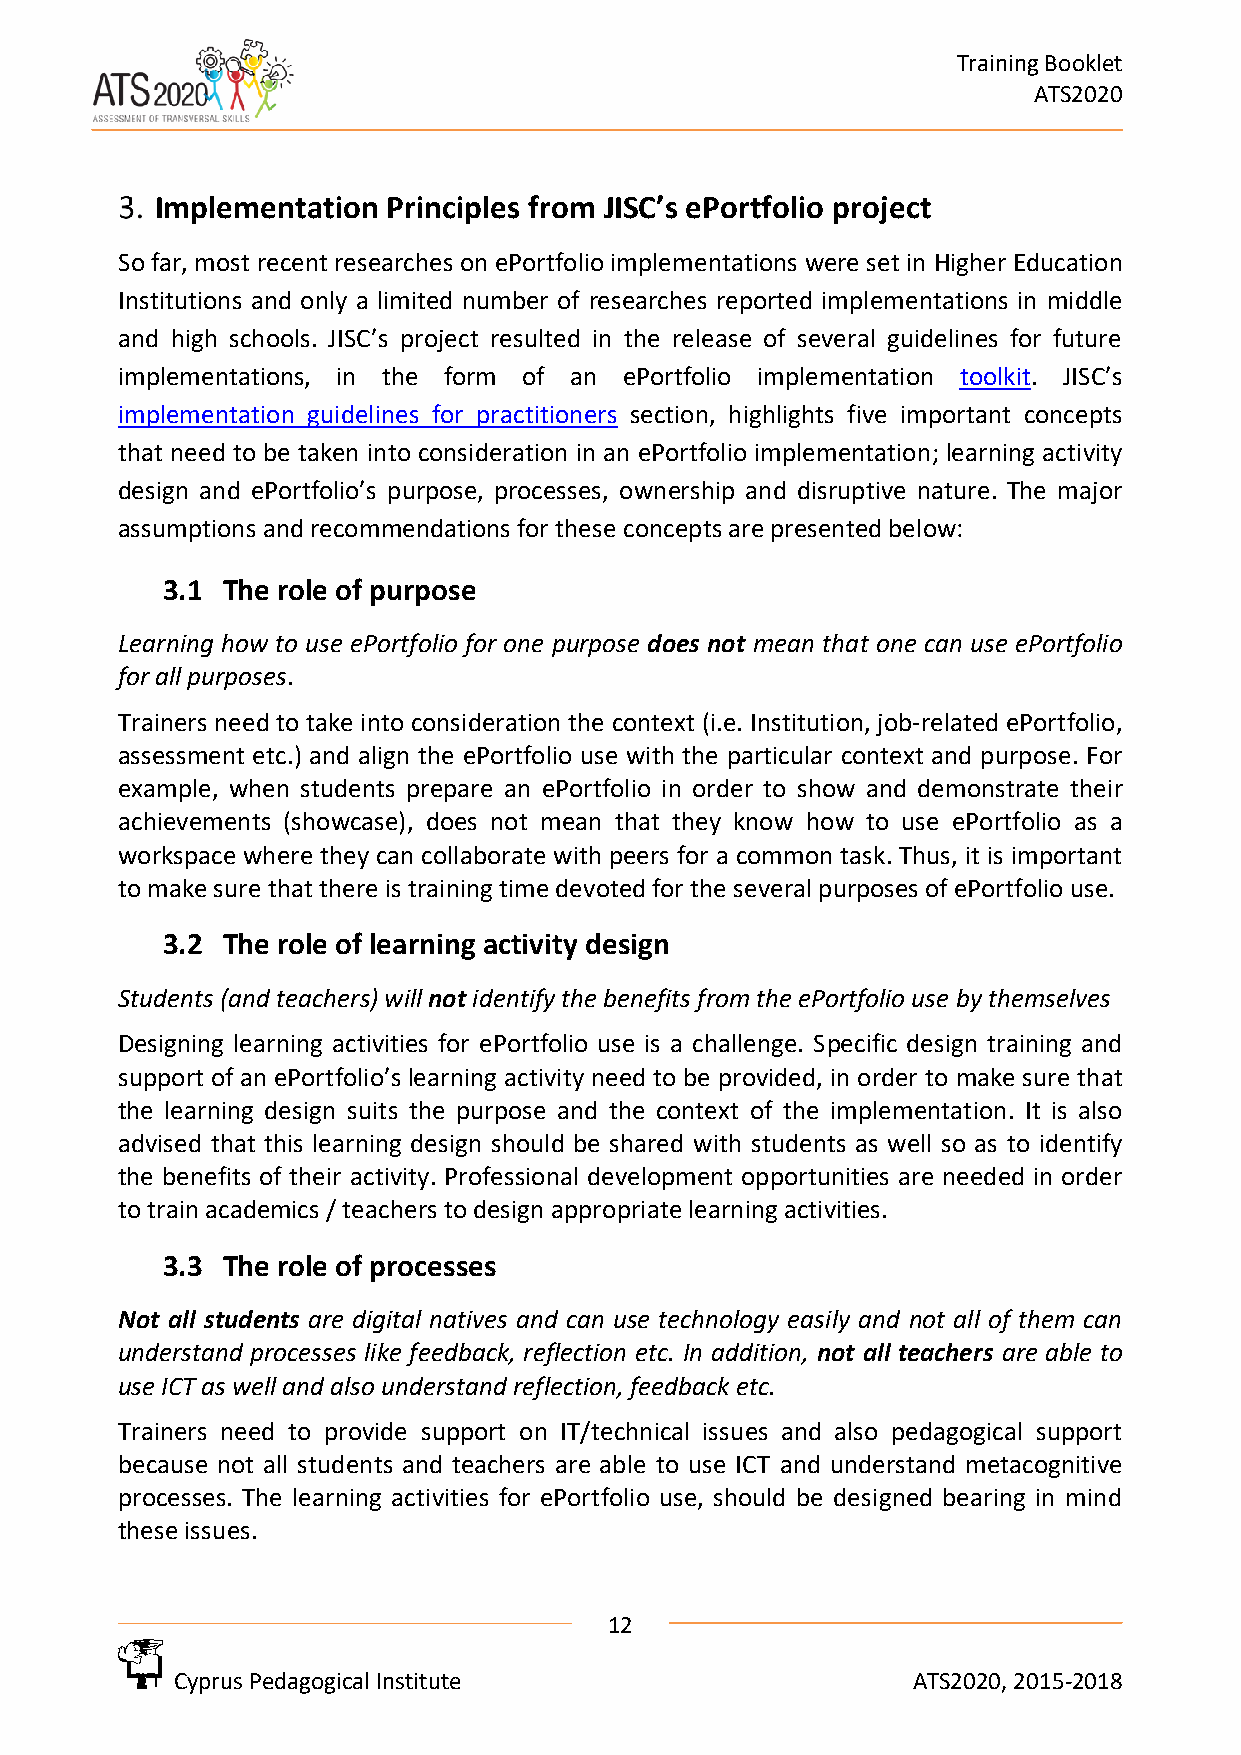
Training Booklet
 ATS2020
 Implementation  Principles from JISC’s ePortfolio project
 So far, most recent researches on ePortfolio implementations were set in Higher Education
 Institutions and only a limited number of researches reported implementations in middle
 and high schools. JISC’s project resulted in the release of several guidelines for future
 implementations, in the form of an ePortfolio implementation toolkit. JISC’s
 implementation guidelines for practitioners section, highlights five important concepts
 that need to be taken into consideration in an ePortfolio implementation; learning activity
 design and ePortfolio’s purpose, processes, ownership and disruptive nature. The major
 assumptions and recommendations for these concepts are presented below:
 3.1 The role of purpose
 Learning how to use ePortfolio for one purpose does not mean that one can use ePortfolio
 for all purposes.
 Trainers need to take into consideration the context (i.e. Institution, job-related ePortfolio,
 assessment etc.) and align the ePortfolio use with the particular context and purpose. For
 example, when students prepare an ePortfolio in order to show and demonstrate their
 achievements (showcase), does not mean that they know how to use ePortfolio as a
 workspace where they can collaborate with peers for a common task. Thus, it is important
 to make sure that there is training time devoted for the several purposes of ePortfolio use.
 3.2 The role of learning activity design
 Students (and teachers) will not identify the benefits from the ePortfolio use by themselves
 Designing learning activities for ePortfolio use is a challenge. Specific design training and
 support of an ePortfolio’s learning activity need to be provided, in order to make sure that
 the learning design suits the purpose and the context of the implementation. It is also
 advised that this learning design should be shared with students as well so as to identify
 the benefits of their activity. Professional development opportunities are needed in order
 to train academics / teachers to design appropriate learning activities.
 3.3 The role of processes
 Not all students are digital natives and can use technology easily and not all of them can
 understand processes like feedback, reflection etc. In addition, not all teachers are able to
 use ICT as well and also understand reflection, feedback etc.
 Trainers need to provide support on IT/technical issues and also pedagogical support
 because not all students and teachers are able to use ICT and understand metacognitive
 processes. The learning activities for ePortfolio use, should be designed bearing in mind
 these issues.
 12
 Cyprus Pedagogical Institute                    ATS2020, 2015-2018